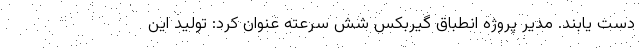
دست یابند. مدیر پروژه انطباق گیربکس شش سرعته عنوان کرد: تولید این